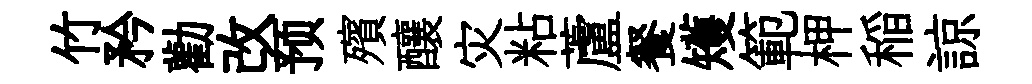
竹矜勸改预殯釀灾粘蘆餐矱範柙稲諒